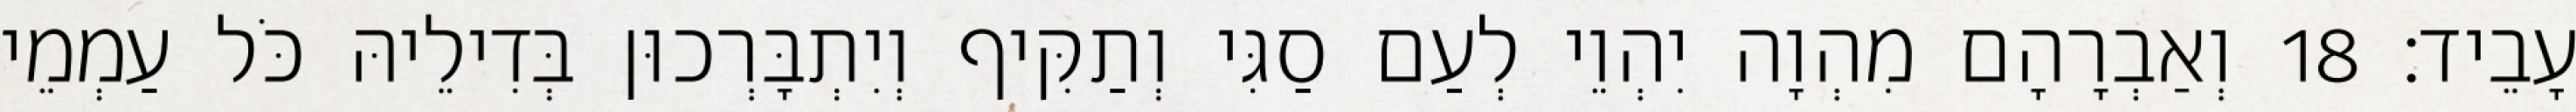
עָבֵיד׃ 18 וְאַבְרָהָם מִהְוָה יִהְוֵי לְעַם סַגִּי וְתַקִּיף וְיִתְבָּרְכוּן בְּדִילֵיהּ כֹּל עַמְמֵי